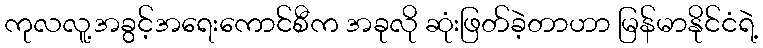
ကုလလူ့အခွင့်အရေးကောင်စီက အခုလို ဆုံးဖြတ်ခဲ့တာဟာ မြန်မာနိုင်ငံရဲ့